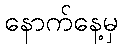
နောက်နေ့မှ